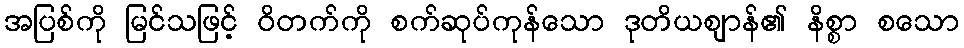
အပြစ်ကို မြင်သဖြင့် ဝိတက်ကို စက်ဆုပ်ကုန်သော ဒုတိယဈာန်၏ နိစ္စာ စသော